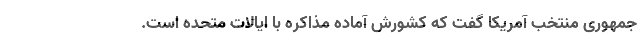
‌جمهوری منتخب آمریکا گفت که کشورش آماده مذاکره با ایالات متحده است.